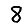
Digit: 8